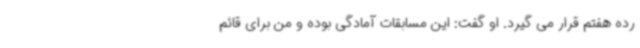
رده هفتم قرار می گیرد. او گفت: این مسابقات آمادگی بوده و من برای قائم